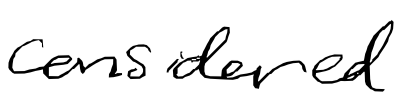
Text: considered
Cross-out: clean
Writing tool: digital_black